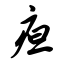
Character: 疸